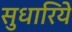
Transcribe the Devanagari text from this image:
सुधारिये